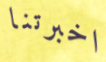
اخبرتنا